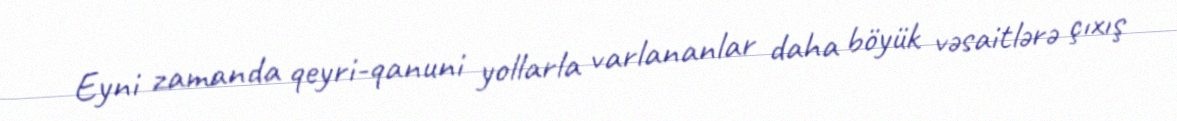
Eyni zamanda qeyri-qanuni yollarla varlananlar daha böyük vəsaitlərə çıxış